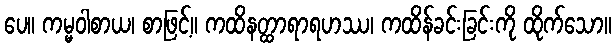
ပေ။ ကမ္မဝါစာယ၊ စာဖြင့်။ ကထိနတ္ထာရာရဟဿ၊ ကထိန်ခင်းခြင်းကို ထိုက်သော။